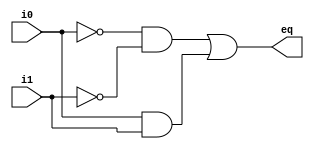
module eq1_nonblock
    (
     input wire i0, i1,
     output reg eq
    );
    
    // internal registers
    
    reg p0, p1;
    
    always @(i0, i1, p0, p1) // p0, p1 are also in sensitivity list
                     // the order of statements is not important
    begin                   // p0_entry = p0, p1_entry = p1;
        p0 <= ~i0 & ~i1;    // p0_exit = ~i0 & ~i1;
        p1 <= i0 & i1;      // p1_exit = i0 & i1;
        eq <= p0 | p1;      // eq_exit = p0_entry | p1_entry
    end                     // eq = eq_exit; p0 = p0_exit; p1 = p1_exit;
    
endmodule